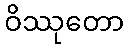
ဝိဿုတော